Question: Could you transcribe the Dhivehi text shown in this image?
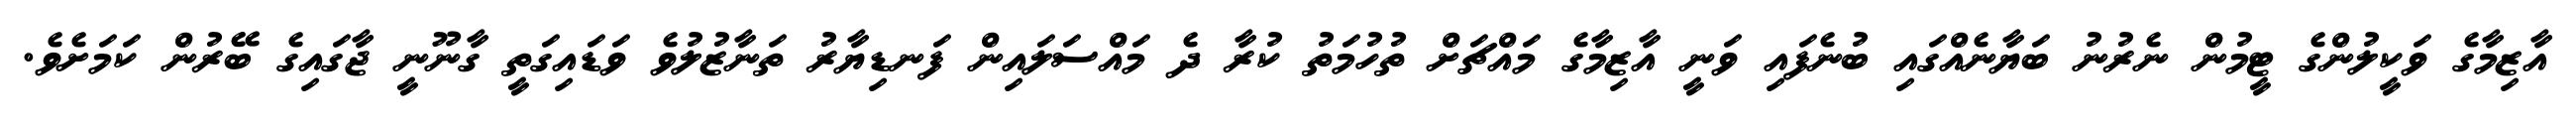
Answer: އާޒިމާގެ ވަކީލުންގެ ޓީމުން ނެރުނު ބަޔާނެއްގައި ބުނެފައި ވަނީ އާޒިމާގެ މައްޗަށް ތުހުމަތު ކުރާ ދެ މައްސަލައިން ފަނޑިޔާރު ތަނާޒުލުވެ ވަޑައިގަތީ ގާނޫނީ ޖާގައިގެ ބޭރުން ކަމަށެވެ.